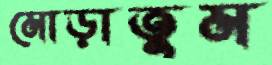
মোড়াতুম